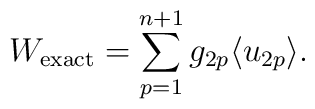
W_{{\rm exact}}=\sum_{p=1}^{n+1}g_{2p}\langle u_{2p}\rangle.